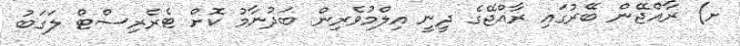
ށ) ރާއްޖޭން ބޭރުގައި ރާއްޖޭގެ ދީނީ އިލްމުވެރިން ބަދުނާމު ކޮށް ޓެރެރިސްޓް ލަގަބު